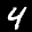
Label: 4